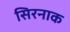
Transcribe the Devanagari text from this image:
सिरनाक